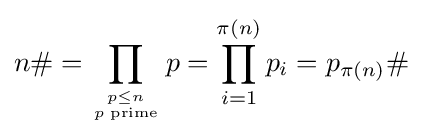
n\#=\prod _{p\leq n \atop p{\text{ prime}}}p=\prod _{i=1}^{\pi (n)}p_{i}=p_{\pi (n)}\#